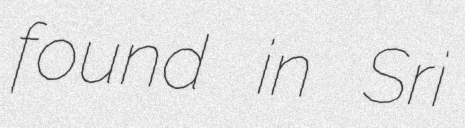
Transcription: found in Sri